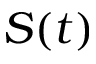
S ( t )